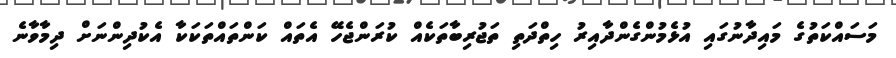
މަސައްކަތުގެ މައިދާނުގައި އުޅެމުންގެންދާއިރު ހިތްދަތި ތަޖުރިބާތަކެއް ކުރަންޖެހޭ އެތައް ކަންތައްތަކަކާ އެކުދިންނަށް ދިމާވާނެ